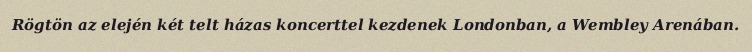
Rögtön az elején két telt házas koncerttel kezdenek Londonban, a Wembley Arenában.